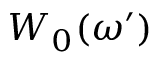
W _ { 0 } ( \omega ^ { \prime } )